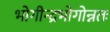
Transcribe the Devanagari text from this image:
भोगीन्द्रभोगोन्नतः